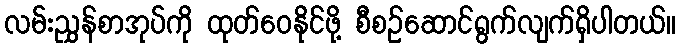
လမ်းညွှန်စာအုပ်ကို ထုတ်ဝေနိုင်ဖို့ စီစဉ်ဆောင်ရွက်လျက်ရှိပါတယ်။